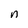
Character: n